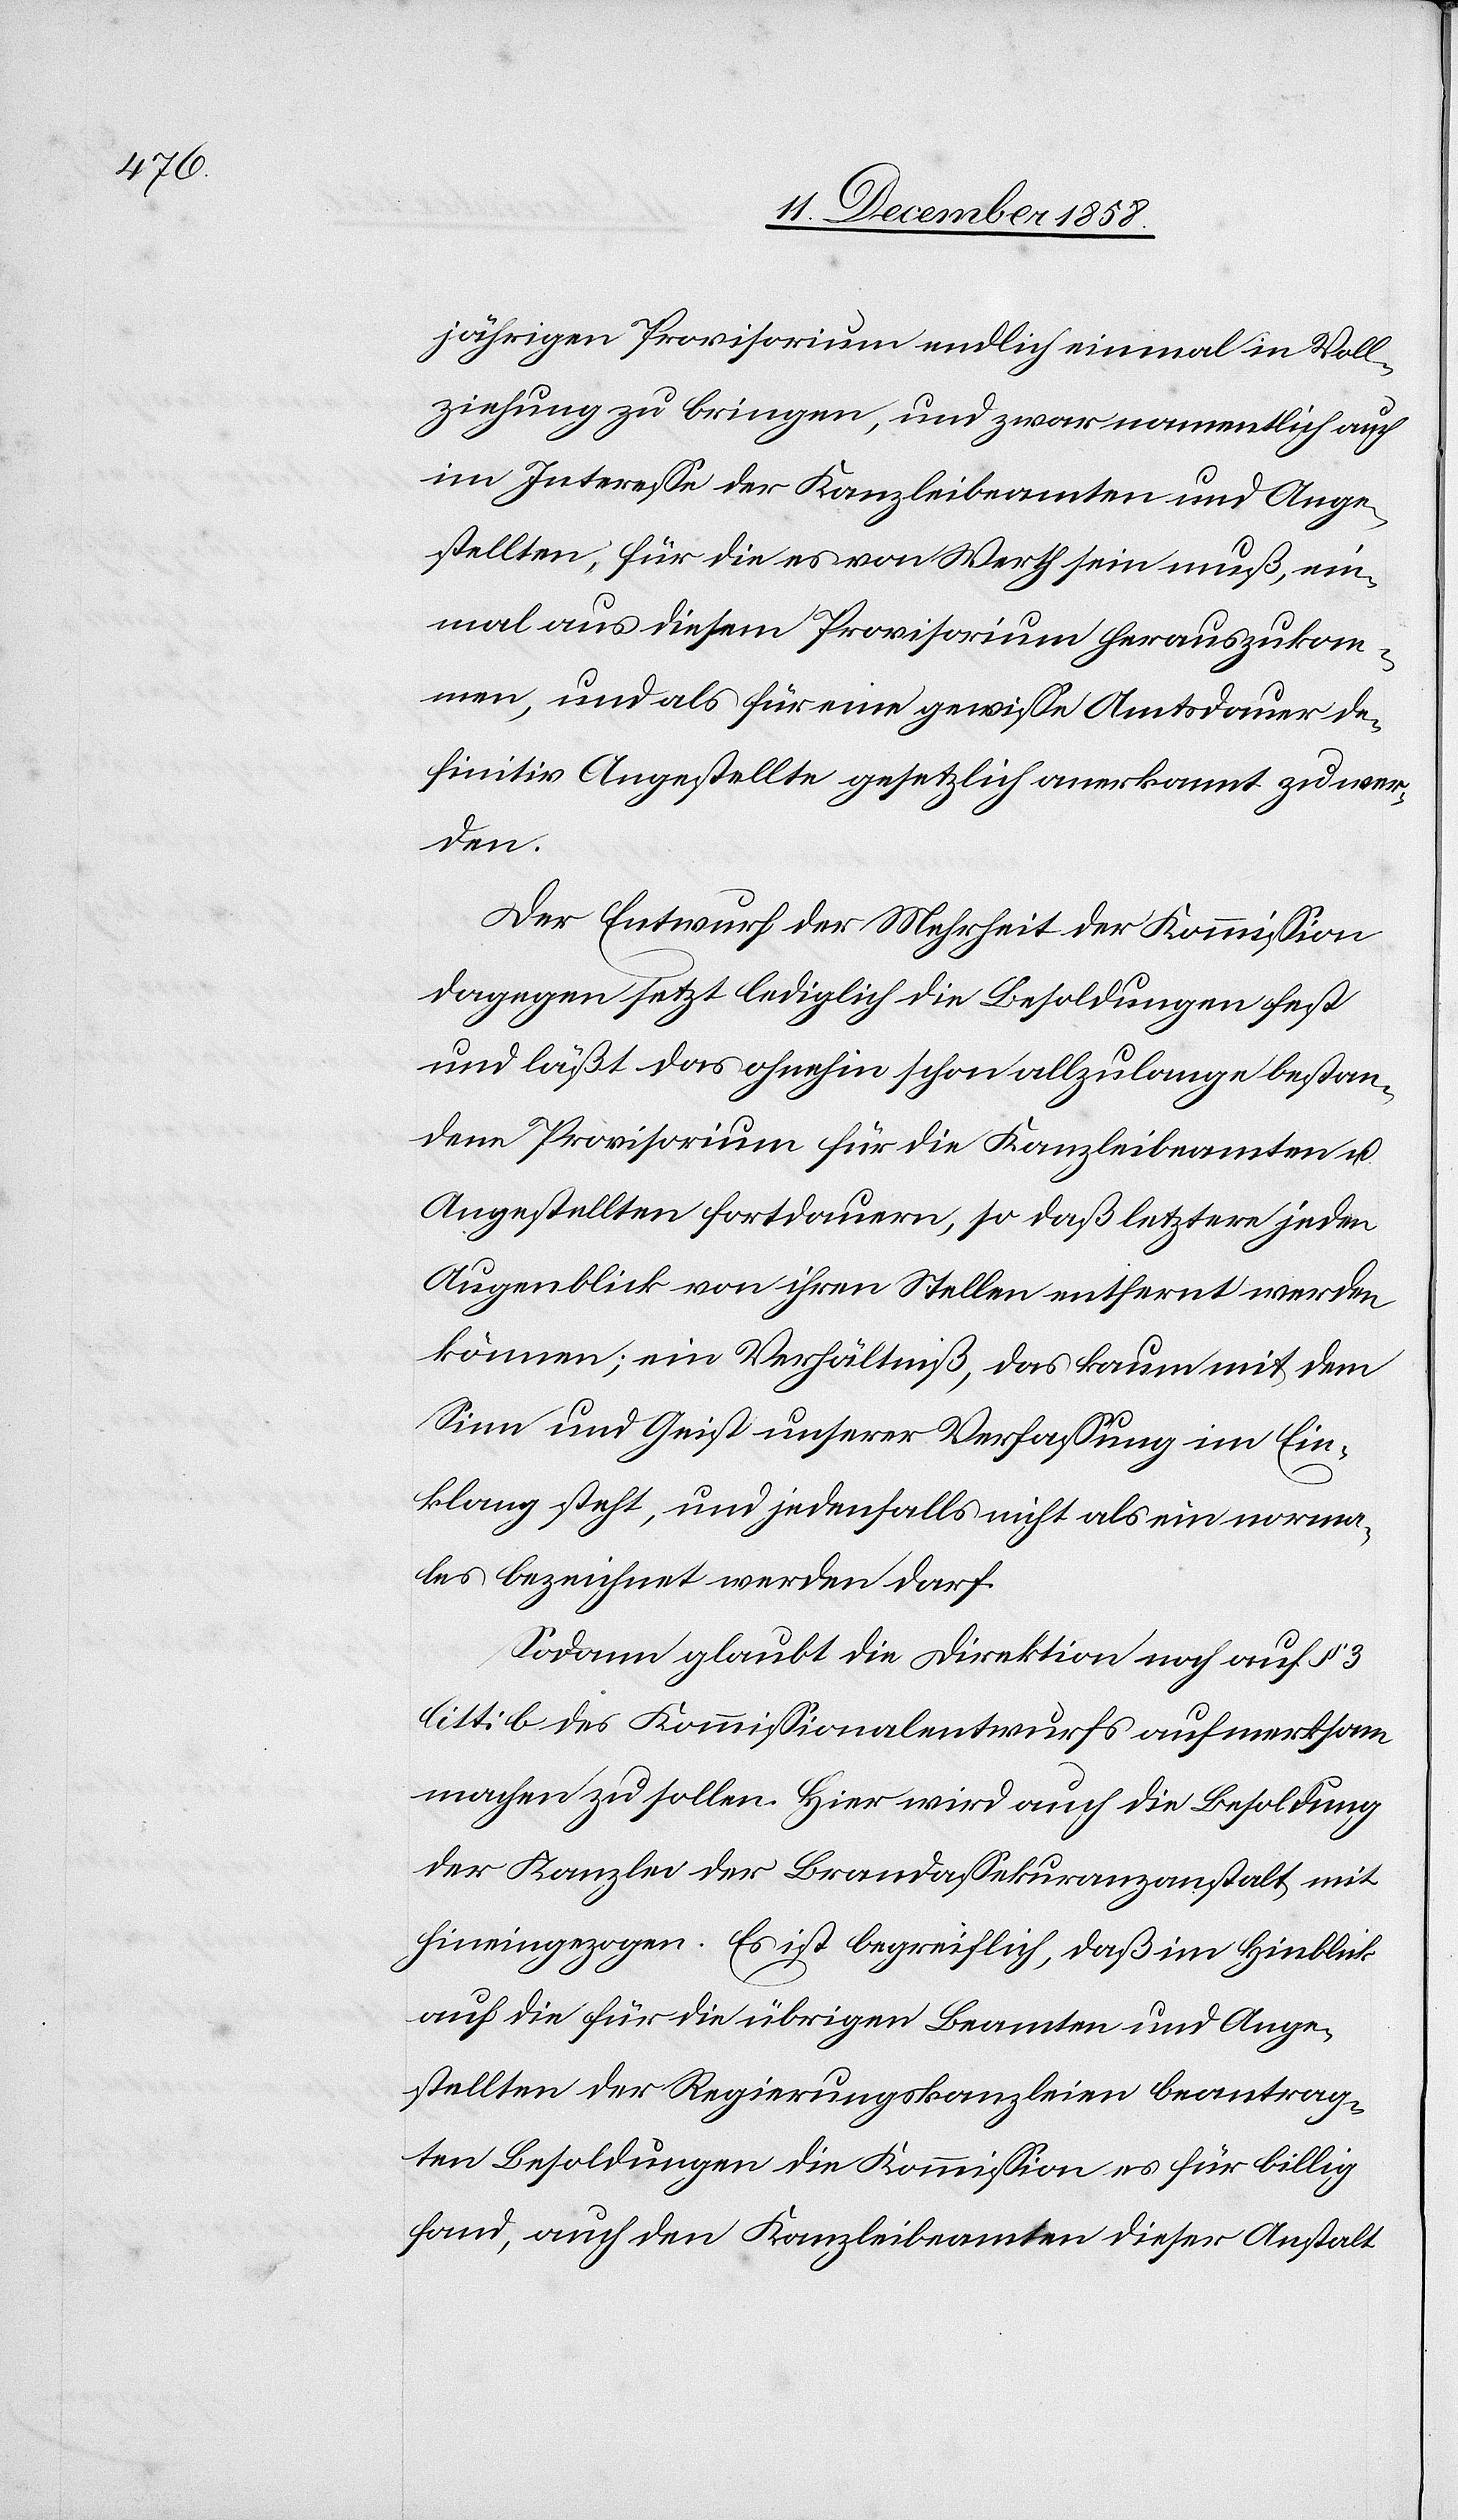
jährigen Provisorium endlich einmal in Voll¬
ziehung zu bringen, und zwar namentlich auch
im Interesse der Kanzleibeamten und Ange¬
stellten, für die es von Werth sein muß, ein¬
mal aus diesem Provisorium herauszukom¬
men, und als für eine gewisse Amtsdauer de¬
finitiv Angestellte gesetzlich anerkannt zu wer¬
den.
Der Entwurf der Mehrheit der Kommission
dagegen setzt lediglich die Besoldungen fest
und läßt das ohnehin schon allzulange bestan¬
dene Provisorium für die Kanzleibeamten u.
Angestellten fortdauern, so daß letztere jeden
Augenblick von ihren Stellen entfernt werden
können; ein Verhältniß, das kaum mit dem
Sinn und Geist unserer Verfassung im Ein¬
klang steht, und jedenfalls nicht als ein norma¬
les bezeichnet werden darf.
Sodann glaubt die Direktion noch auf § 3
litt: b des Kommissionalentwurfs aufmerksam
machen zu sollen. Hier wird auch die Besoldung
der Kanzlei der Brandassekuranzanstalt mit
hineingezogen. Es ist begreiflich, daß im Hinblick
auf die für die übrigen Beamten und Ange¬
stellten der Regierungskanzleien beantrag¬
ten Besoldungen die Kommission es für billig
fand, auch den Kanzleibeamten dieser Anstalt